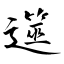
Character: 遾